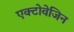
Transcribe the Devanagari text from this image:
एक्टोवेजिन